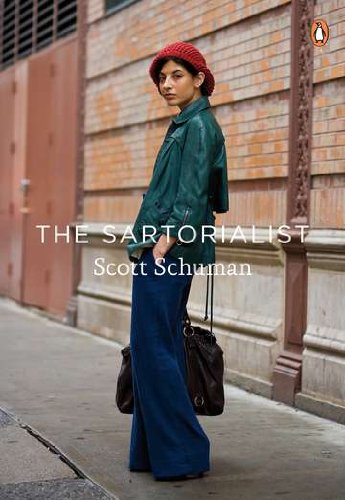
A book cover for The Sartorialist; Scott Schuman; Humor & Entertainment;